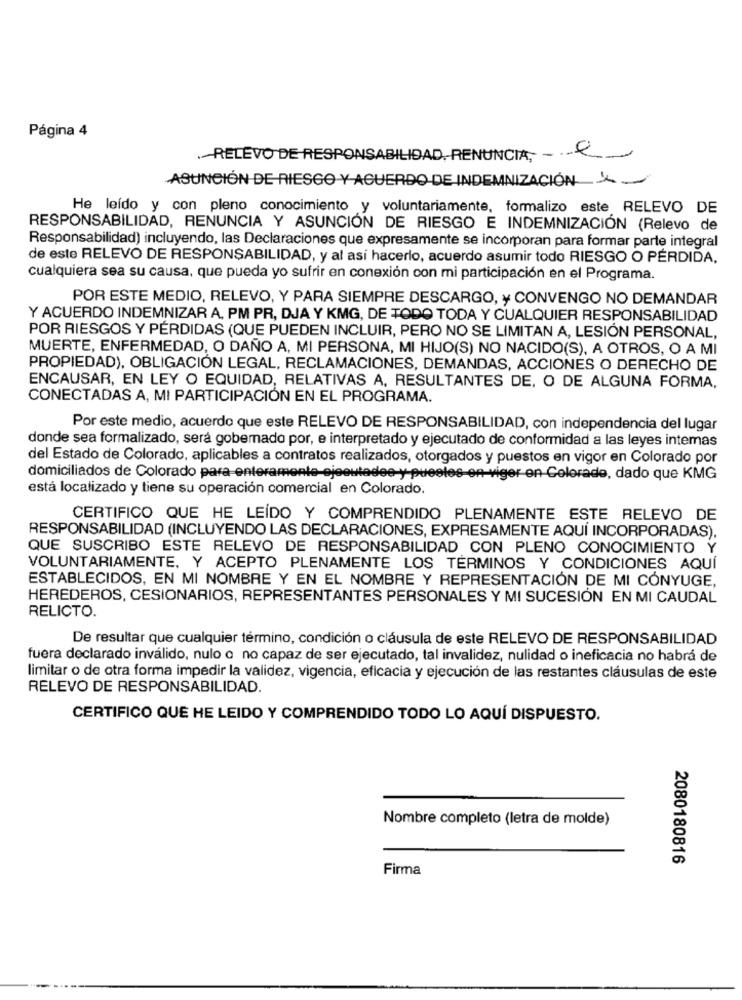
Página 4
-RELEVO DE RESPONSABILIDAD. RENUNCIA, - e
ASUNCIÓN DE RIESGO Y ACUERDO DE INDEMNIZACIÓN L-
He leído y con pleno conocimiento y voluntariamente, formalizo este RELEVO DE
RESPONSABILIDAD, RENUNCIA Y ASUNCIÓN DE RIESGO E INDEMNIZACIÓN (Relevo de
Responsabilidad) incluyendo, las Declaraciones que expresamente se incorporan para formar parte integral
de este RELEVO DE RESPONSABILIDAD, y al así hacerlo, acuerdo asumir todo RIESGO O PÉRDIDA,
cualquiera sea su causa, que pueda yo sufrir en conexión con mi participación en el Programa.
POR ESTE MEDIO, RELEVO, Y PARA SIEMPRE DESCARGO, y CONVENGO NO DEMANDAR
Y ACUERDO INDEMNIZAR A. PM PR, DJA Y KMG, DE TODO TODA Y CUALQUIER RESPONSABILIDAD
POR RIESGOS Y PÉRDIDAS (QUE PUEDEN INCLUIR, PERO NO SE LIMITAN A, LESIÓN PERSONAL,
MUERTE, ENFERMEDAD, O DAÑO A, MI PERSONA, MI HIJO(S) NO NACIDO(S), A OTROS, O A MI
PROPIEDAD), OBLIGACIÓN LEGAL, RECLAMACIONES, DEMANDAS, ACCIONES O DERECHO DE
ENCAUSAR, EN LEY O EQUIDAD, RELATIVAS A, RESULTANTES DE, O DE ALGUNA FORMA,
CONECTADAS A, MI PARTICIPACIÓN EN EL PROGRAMA.
Por este medio, acuerdo que este RELEVO DE RESPONSABILIDAD, con independencia del lugar
donde sea formalizado, será gobemado por, e interpretado y ejecutado de conformidad a las leyes intemas
del Estado de Colorado, aplicables a contratos realizados, otorgados y puestos en vigor en Colorado por
domiciliados de Colorado para enteramente-ejecutadee-y-puesles-en-viger-en-Colorado, dado que KMG
está localizado y tiene su operación comercial en Colorado.
CERTIFICO QUE HE LEÍDO Y COMPRENDIDO PLENAMENTE ESTE RELEVO DE
RESPONSABILIDAD (INCLUYENDO LAS DECLARACIONES, EXPRESAMENTE AQUÍ INCORPORADAS).
QUE SUSCRIBO ESTE RELEVO DE RESPONSABILIDAD CON PLENO CONOCIMIENTO Y
VOLUNTARIAMENTE, Y ACEPTO PLENAMENTE LOS TERMINOS Y CONDICIONES AQUÍ
ESTABLECIDOS, EN MI NOMBRE Y EN EL NOMBRE Y REPRESENTACIÓN DE MI CÓNYUGE,
HEREDEROS, CESIONARIOS, REPRESENTANTES PERSONALES Y MI SUCESIÓN EN MI CAUDAL
RELICTO.
De resultar que cualquier término, condición o cláusula de este RELEVO DE RESPONSABILIDAD
fuera declarado inválido, nulo o no capaz de ser ejecutado, tal invalidez, nulidad o ineficacia no habrá de
limitar o de otra forma impedir la validez, vigencia, eficacia y ejecución de las restantes cláusulas de este
RELEVO DE RESPONSABILIDAD.
CERTIFICO QUE HE LEIDO Y COMPRENDIDO TODO LO AQUÍ DISPUESTO.
Nombre completo (letra de molde)
2080180816
Firma